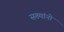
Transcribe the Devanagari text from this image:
सख्यांनो